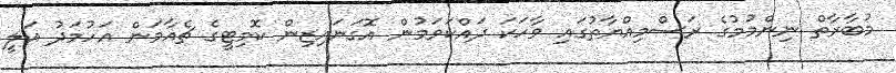
މުބާރާތް ނިންމުމުގެ ރަސްމިއްޔާތުގައި ވާހަކަ ދައްކަވަމުން އޮގަނައިޒިން ކޮމިޓީގެ ޗެއާމަން އަހުމަދު އަލީ